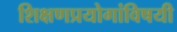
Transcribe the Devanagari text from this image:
शिक्षणप्रयोगांविषयी